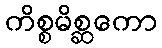
ကိစ္စမိစ္ဆကော